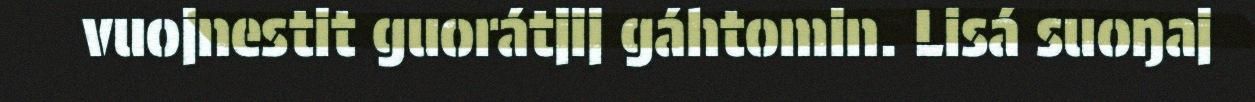
vuojnestit guorátjij gáhtomin. Lisá suoŋaj